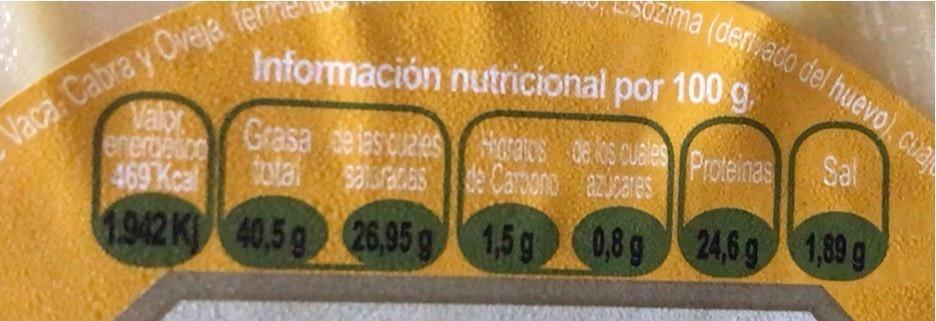
Vaca Cabra y Ovaja terma
Valor energetico
469 Kcal
1942 K
zima (derivado del huevo), cua
Sal
1,89 g
Información nutricional por 100 g
Grasa de las cuales
total
satraces
40,5 g
26,95 g
Horatos de los cuales Proteinas
de Carbono azúcares
1,5 g
0,8 g
24,6 g